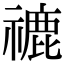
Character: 𥛞